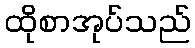
ထိုစာအုပ်သည်